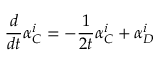
\frac { d } { d t } \alpha _ { C } ^ { i } = - \frac { 1 } { 2 t } \alpha _ { C } ^ { i } + \alpha _ { D } ^ { i }